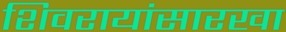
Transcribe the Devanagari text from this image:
शिवरायांसारखा